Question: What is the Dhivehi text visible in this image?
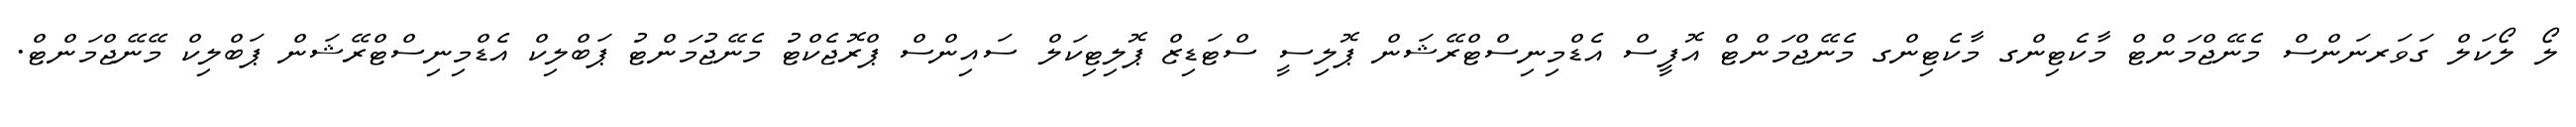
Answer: ލޯ ލޯކަލް ގަވަރނަންސް މެނޭޖްމަންޓް މާކެޓިންގ މާކެޓިންގ މެނޭޖްމަންޓް އޮފީސް އެޑްމިނިސްޓްރޭޝަން ޕޮލިސީ ސްޓަޑިޒް ޕޮލިޓިކަލް ސައިންސް ޕްރޮޖެކްޓު މެނޭޖުމަންޓު ޕަބްލިކް އެޑްމިނިސްޓްރޭޝަން ޕަބްލިކް މޭނޭޖްމަންޓް.